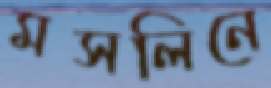
মসলিনে